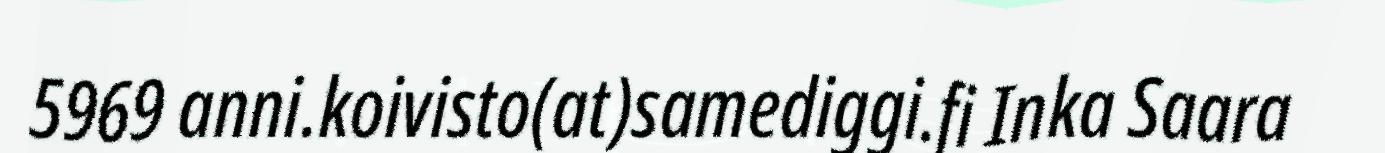
5969 anni.koivisto(at)samediggi.fi Inka Saara